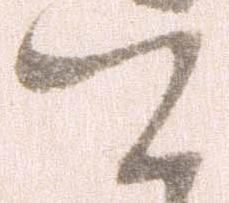
て